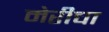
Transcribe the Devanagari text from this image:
मेरीचा